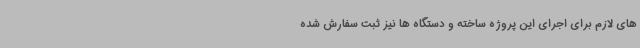
های لازم برای اجرای این پروژه ساخته و دستگاه ها نیز ثبت سفارش شده